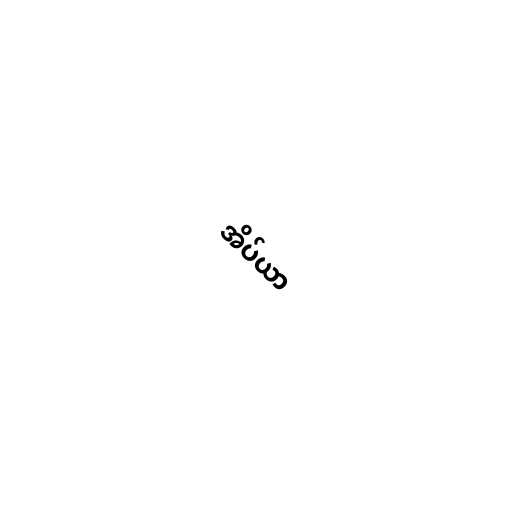
အိပ်ယာ